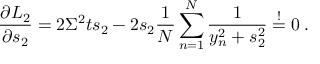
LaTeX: \frac { \partial { \cal L } _ { 2 } } { \partial s _ { 2 } } = 2 \Sigma ^ { 2 } t s _ { 2 } - 2 s _ { 2 } \frac { 1 } { N } \sum _ { n = 1 } ^ { N } \frac { 1 } { y _ { n } ^ { 2 } + s _ { 2 } ^ { 2 } } \stackrel { ! } { = } 0 \: .